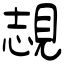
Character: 覟